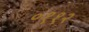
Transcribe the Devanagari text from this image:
०११२